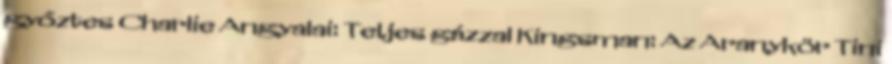
győztes Charlie Angyalai: Teljes gázzal Kingsman: Az Aranykör Tini